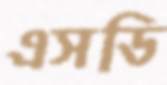
এসডি